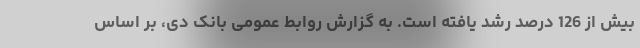
بیش از 126 درصد رشد یافته است. به گزارش روابط عمومی بانک دی، بر اساس